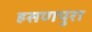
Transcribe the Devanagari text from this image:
हसणपुरा